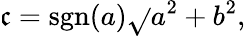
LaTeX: \mathfrak{c}=\operatorname{sgn}(a){\sqrt{}{{a^{2}+b^{2}}}},